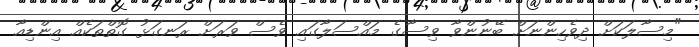
"މިސާލަކަށް ދިވެހިންނަށް ބޭނުންވާ ވިސާގެ މައްސަލާގައި ވެސް ވަރަށް ރަނގަޅު ގޮތްތަކެއް އިންޑިއާ